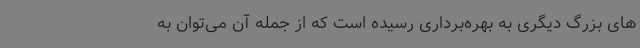
های بزرگ دیگری به بهره‌برداری رسیده است که از جمله آن می‌توان به